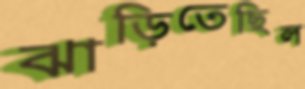
ঝাড়িতেছিল